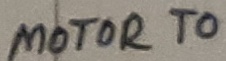
Text: MOTOR TO